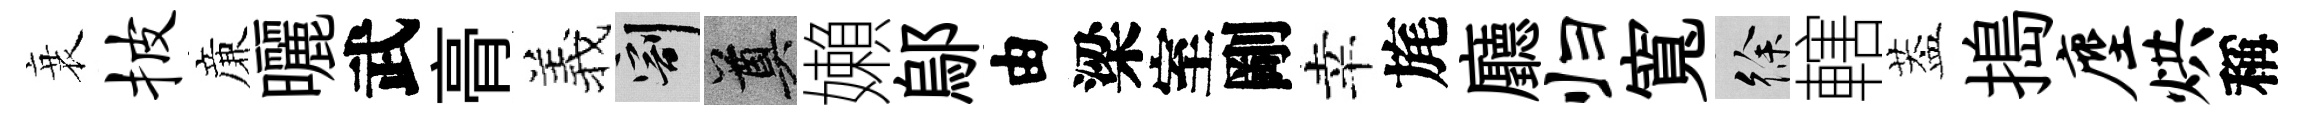
衰披亷曬武𮌔羲割奠嬾鄔由梁室剛幸旄廳归寬徐轄葢搗麈烘稱